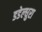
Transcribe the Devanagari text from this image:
डडेल्धुरा